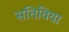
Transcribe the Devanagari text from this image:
सतिविया